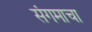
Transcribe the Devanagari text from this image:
संगमाचा